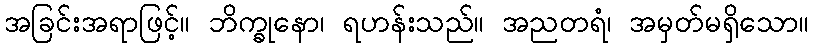
အခြင်းအရာဖြင့်။ ဘိက္ခုနော၊ ရဟန်းသည်။ အညတရံ၊ အမှတ်မရှိသော။